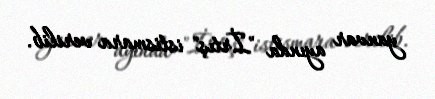
yanvar ayında "İrtış" istismara verilib.